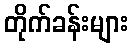
တိုက်ခန်းများ